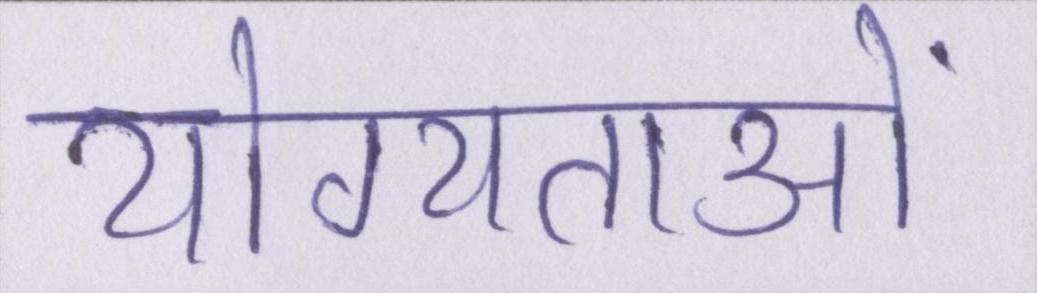
योग्यताओं